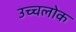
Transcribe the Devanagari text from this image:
उच्चलोक